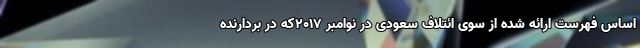
اساس فهرست ارائه شده از سوی ائتلاف سعودی در نوامبر ۲۰۱۷که در بردارنده